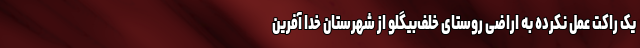
یک راکت عمل نکرده به اراضی روستای خلف‌‌بیگلو از شهرستان خدا آفرین